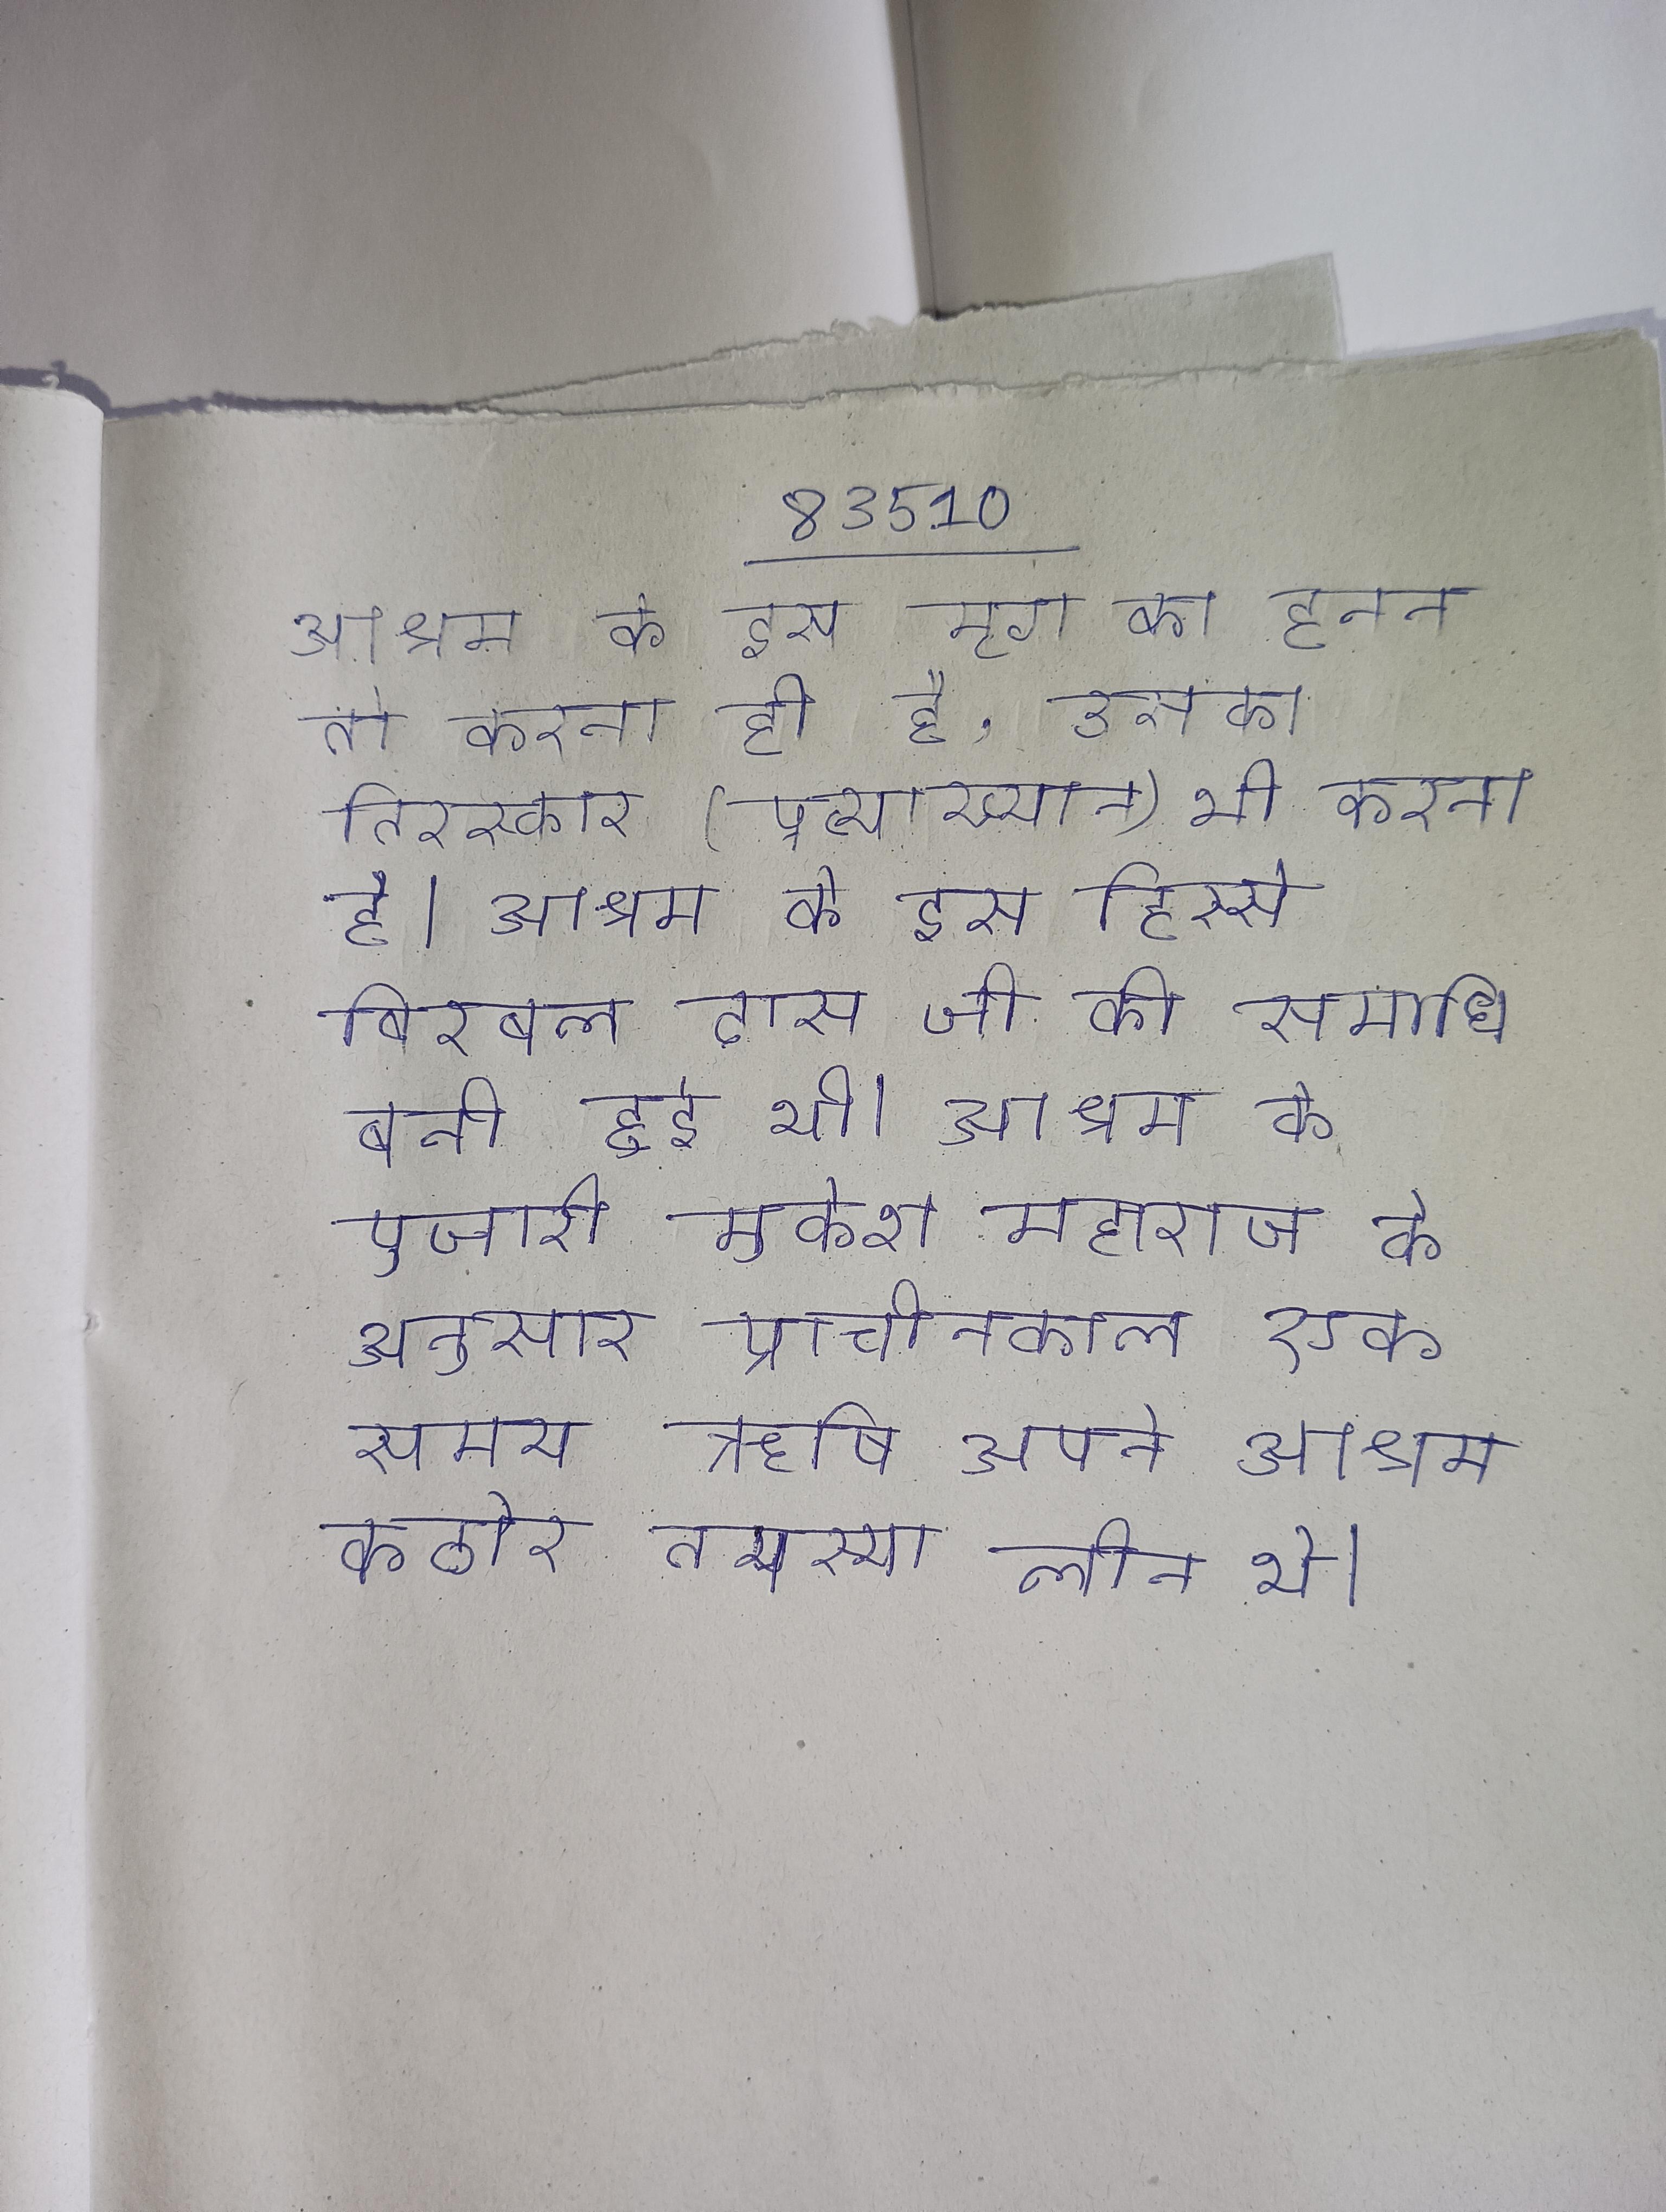
आश्रम के इस मृग का हनन तो करना ही है, उसका तिरस्कार (प्रत्याख्यान) भी करना है । आश्रम के इस हिस्से बिरबल दास जी की समाधि बनी हुई थी । आश्रम के पुजारी मुकेश महाराज के अनुसार प्राचीनकाल एक समय ऋषि अपने आश्रम कठोर तपस्या लीन थे ।